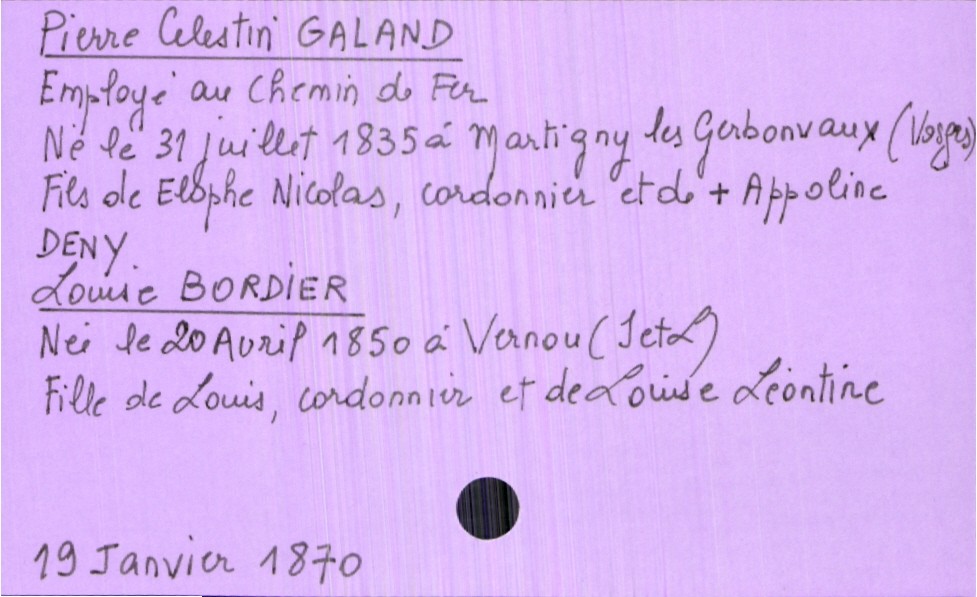
type_acte: Mariage
année: 1870
mois: janvier
jour: 19
marié_nom: Galand
marié_prénom: Pierre Celestin
marié_profession: Employé au chemin de fer
marié_date_de_naissance: 31 juillet 1835
marié_lieu_de_naissance: Martigny les Gerbonvaux (Vosges)
père_marié_nom: Galand
père_marié_prénom: Elophe Nicolas
père_marié_profession: cordonnier
mère_marié_nom: Deny
mère_marié_prénom: Appoline
mère_marié_statut: décédée
mariée_nom: Bordier
mariée_prénom: Louise
mariée_date_de_naissance: 20 avril 1850
mariée_lieu_de_naissance: Vernou (Saône et Loire)
père_mariée_nom: Bordier
père_mariée_prénom: Louis
père_mariée_profession: cordonnier
mère_mariée_nom: Léontine
mère_mariée_prénom: Louise